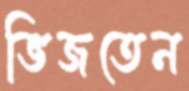
ভিজতেন